Report on vaccination in the Province of Bengal - 1869-1873
Year: 1869
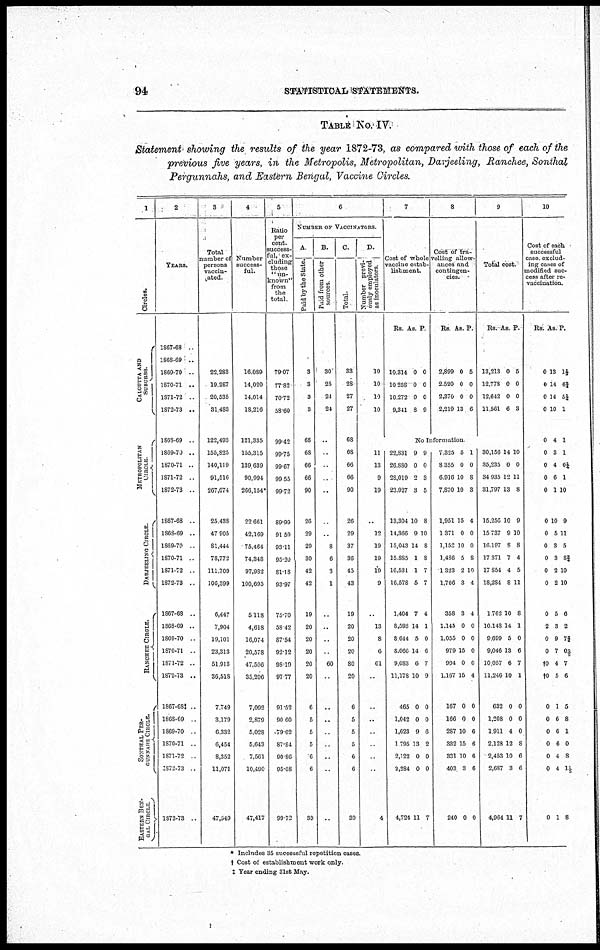
94
STATISTICAL STATEMENT.
TABLE No. IV.
Statement showing the results of the year 1872-73, as compared with those of each of the
previous five years, in the Metropolis, Metropolitan, Darjeeling, Ranchee, Sonthal
Pergunnahs, and Eastern Bengal, Vaccine Circles.
1
Circles.
CALCUTTA AND
SUBURBS.
METROPOLITAN
CIRCLE
DARJEELING CIRCLE
RANCHEE CIRCLE.
SONTHAL PER-
------- CIRCLE.
EASTERN BEN-
--- CIRCLE
2
YEARS.
1867-68 ..
1868-69 ..
1869-70 ..
1870-71 ..
1871-72 ..
1872-73 ..
1868-69 ..
1869-70 ..
1870-71 ..
1871-72 ..
1872-73 ..
1867-68 ..
1868-69 ..
1869-70 ..
1870-71 ..
1871-72 ..
1872-73 ..
1867-68 ..
1868-69 ..
1869-70 ..
1870-71 ..
1871-72 ..
1872-73 ..
1867-68‡ ..
1868-69 ..
1869-70 ..
1870-71 ..
1871-72 ..
1872-73 ..
1872-73 ..
3
Total
number of
persons
vaccin-
ated.
22,283
19,287
20,535
31,483
122,493
155,825
140,119
91,516
267,074
25,438
47,905
81,444
78,772
111,709
106,399
6,447
7,904
19,101
23,313
51,913
36,518
7,749
3,179
6,332
6,454
8,352
11,071
47,549
4
Number
success-
ful.
16,089
14,020
14,014
18,216
121,335
155,315
139,639
90,994
266,154*
22,661
42,169
75,464
74,348
97,982
100,695
5,118
4,618
16,074
20,578
47,506
35,206
7,092
2,879
5,028
5,643
7,561
10,490
47,417
5
Ratio
per
cent,
success-
ful, ex-
cluding
those
"un-
known"
from
the
total.
79.07
77.82
70.72
58.60
99.42
99.75
99.67
99.55
99.72
89.99
91.59
93.11
95.20
81.18
93.97
75.70
58.42
87.54
92.12
98.10
97.77
91.52
90.60
79.62
87.84
90.86
95.08
99.72
6
NUMBER OF VACCINATORS.
A
Paid by the State.
3
3
3
3
68
68
66
66
90
26
29
29
30
42
42
19
20
20
20
20
20
6
5
5
5
6
6
89
B.
Paid
from other
sources
30
25
24
24
..
..
..
..
..
..
..
8
6
3
1
..
..
..
..
60
..
..
..
..
..
..
..
..
C
Total.
33
28
27
27
68
68
66
66
90
26
29
37
36
45
43
19
20
20
20
80
20
6
5
5
5
6
6
39
D.
Number previ-
ously employed
as inoculators.
10
10
10
10
..
11
13
9
19
..
12
19
19
19
9
..
13
8
6
61
..
..
..
..
..
..
..
4
7
Cost of whole
vaccine estab-
lishment.
Rs As. P
10,314
10,258
10,272
9,341
0
0
0
8
0
0
0
9
8
Cost of tra-
velling allow-
ances and
contingen-
cies.
Rs. As. P.
2,899
2,520
2,370
2,219
0
0
0
13
5
0
0
6
No Information
22,831
26,880
28,019
23,927
13,304
14,366
15,043
15,885
16,531
16,578
1,404
8,593
8,644
8,066
9,083
11,178
465
1,042
1,623
1,795
2,122
2,284
4,724
9
0
2
3
10
9
14
1
1
5
7
14
5
14
6
10
0
0
9
13
0
0
11
9
0
3
5
8
10
8
8
7
7
4
1
0
6
7
9
0
0
6
2
0
0
7
7,825
8,355
6,916
7,870
1,951
1,371
1,152
1,486
1,323
1,706
358
1,145
1,055
979
994
1,167
167
166
287
332
331
403
240
5
0
10
10
15
0
10
5
2
3
3
0
0
15
0
15
0
0
10
15
10
3
0
1
0
8
3
4
0
0
8
10
4
4
0
0
0
0
4
0
0
6
6
6
6
0
9
Total cost.
Rs. As P.
13,213
12,778
12,642
11,561
0
0
0
6
5
0
0
3
..
30,156
35,235
34,935
31,797
15,256
15,737
16,197
17,371
17,854
18,284
1,762
10,148
9,699
9,046
10,057
11,246
632
1,208
1,911
2,128
2,453
2,687
4,964
14
0
12
13
10
9
8
7
4
8
10
14
5
13
6
10
0
0
4
12
10
3
11
10
0
11
8
9
10
8
4
5
11
8
1
0
6
7
1
0
0
0
8
6
6
7
10
Cost of each
successful
case exclud-
ing cases of
modified suc-
cess after re-
vaccination.
Rs. As P.
0
0
0
0
0
0
0
0
0
0
0
0
0
0
0
0
2
0
0
†0
†0
0
0
0
0
0
0
0
13
14
14
10
4
3
4
6
1
10
5
3
3
2
2
5
3
9
7
4
5
1
6
6
6
4
4
1
1½
6½
5¼
1
1
1
0¼
1
10
9
11
5
8 3/4
10
10
6
2
7¾
0 2/5
7
6
5
8
1
0
8
1 1/5
8
* Includes 35 successful repetition cases.
† Cost of establishment work only.
‡ Year ending 31st May.